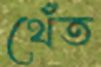
থেঁত